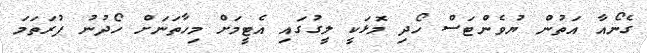
ގެނޯއާ އަތުން ޔުވެންޓަސް ހޯދި މޮޅަކީ ލީގުގައި އެޓީމަށް މިހާތަނަށް ހޯދުނު ފުރަތަމަ